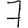
Digit: 7